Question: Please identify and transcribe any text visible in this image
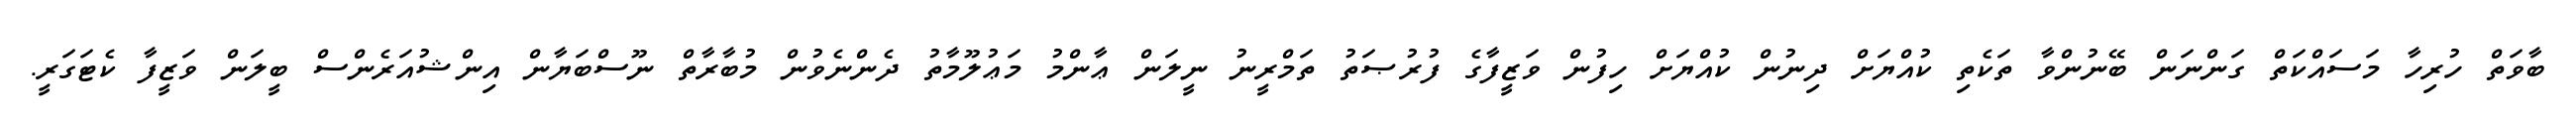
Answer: ބާވަތް ހުރިހާ މަސައްކަތް ގަންނަން ބޭނުންވާ ތަކެތި ކުއްޔަށް ދިނުން ކުއްޔަށް ހިފުން ވަޒީފާގެ ފުރުޞަތު ތަމްރީނު ނީލަން ޢާންމު މަޢުލޫމާތު ދެންނެވުން މުބާރާތް ނޫސްބަޔާން އިންޝުއަރެންސް ބީލަން ވަޒީފާ ކެޓަގަރީ.